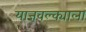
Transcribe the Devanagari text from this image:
याज्ञवल्क्याला